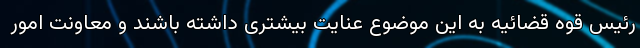
رئیس قوه قضائیه به این موضوع عنایت بیشتری داشته باشند و معاونت امور